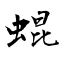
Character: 蜫